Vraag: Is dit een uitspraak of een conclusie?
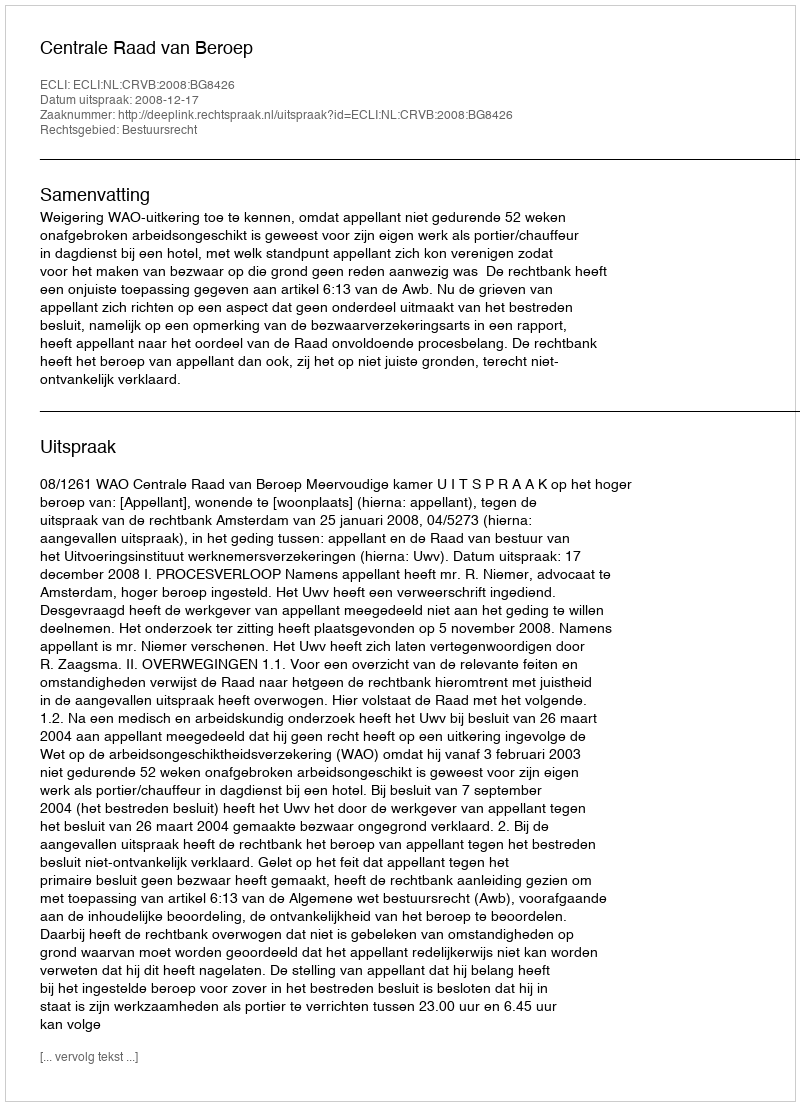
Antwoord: Uitspraak